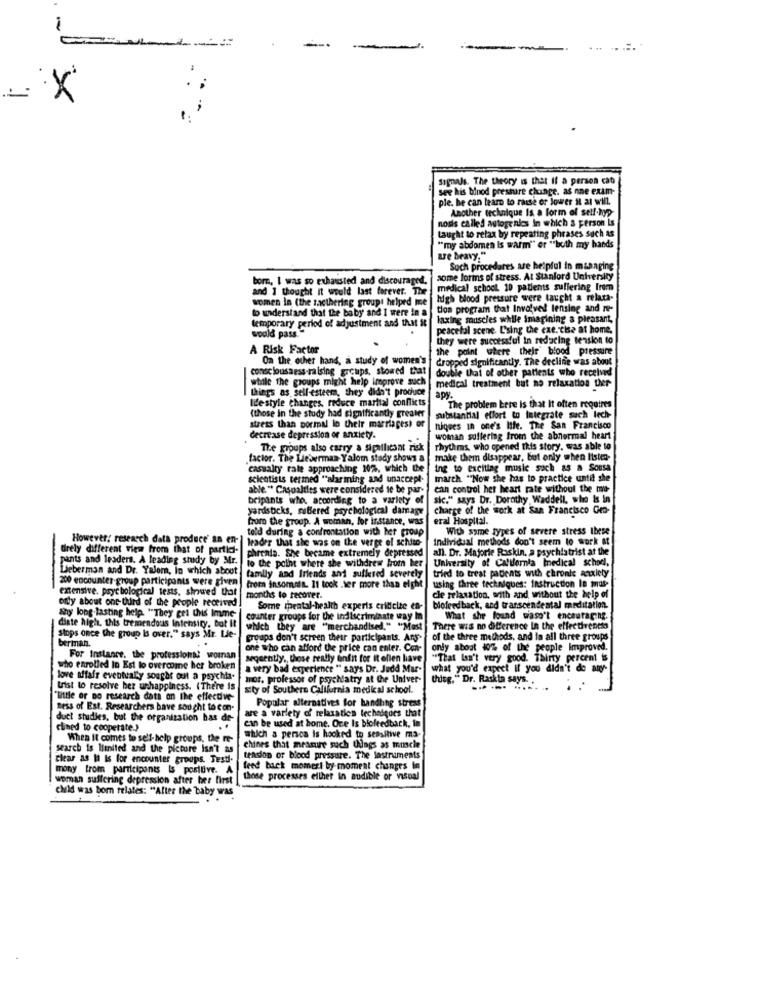
1
-
signals. The theory is that If a person cat
see his binod pressure change. as nne exam-
ple, he can learn to raise or lower il al will.
Another technique Is a form of self-hyp-
nosis called autogenles in which a person is
taught to relax by repeating phrases such as
"my abdomen Is warm" or "both my hands
ure beavy."
Such procedares are helpful in managing
born, I was so exhausted and discouraged.
some loris of stress. At Stanford University
and I thought it would last forever. The
medical school, 10 patients suffering from
women In (the sacthering groups helped me
high blood pressure were taught a relata-
to understand that the baby and I were in a
tion program that Involved lensing and re-
temporary period of adjustment and that St
laxing muscles while imagining a pleasant,
could pass."
peaceful scene Using the exe. tise at home.
they were successful In reducing tension to
A Risk Factor
the point where their blood pressure
On the other hand, a study of women's
dropped significantly. The decline was about
consciousness-raising grcups, stowed that
double that of other patients who received
while the groups might help improve such
medical treatment but no relaxation ther-
things as self-esteem, they didn't produce
lifestyle changes, reduce martial conflicts
apy.
The problem here is that It often requires
(those in the study had significantly greater
substantial effort to Integrate such lech-
stress than pormal lo their marriages) or
niques in one's life. The San Francisco
decrease depression or anxiety.
woman suffering from the abnormal heart
The groups also carry a significant risk
rhythms, who opened this story. was able to
factor. The Lieberman Yalom study shows a | make them disappear, but only when Itsten-
"casualty rate approaching 10%, which the
ing to exciting music such as a Sousa
scientists termed ""alarmning and unaccept-
march. "Now she has to practice until she
able. " Casualties were considered to be par-
can control her heart rate without the mo-
beipants who. according to a variety of
sic." says Dr. Dorothy Waddell, who is In
yardsticks, suffered psychological damage
charge of the work at San Francisco Geo-
horn the group. A woman, for instance, was
eral Hospital.
told during a confrontation with her group
With same types of severe stress these
However: research data produce' an en | leader that she was on the verge of schuise-
Individual methods don't seem to work at
direly different view from that of partid-
phrenia. She became extremely depressed
all. Dr. Majorie Raskin, a psychiatrist at the
ants and leaders. A leading study by Mr.
to the point where she withdrew From her
University of California medical school,
Lieberman and Dr. Yalom, In which about
tried to treat patients with chronic anxiety
200 encounter group participants were given
family and friends and suffered severely
extensive, psychological tests, showed that
from insomnia. 11 took .her more than eight
using three techniques: instruction In mmas-
only about ont-Uurd of the people received
months to recover.
cle relaxation, with and without the help of
Some mental-health experts criticize en-
biofeedback, and transcendental meditation.
Shy long-lasting help. "They cet uus Imme
counter groups for the indiscriminate way In
What she found wasn't encouraging.
diate high. this tremendous Intensity, But It
which they are "merchandised." "Mast
There was no difference in the effectiveness
Stops once the group Is over." says Mr. Lie-
berman.
groups don't screen then
screen their participants. ArS-
of the three methods, and in all three groups
one who can afford the price can enter. Con-
only about 40% of the people Improved.
For Instance, the professional woman
segeently ., those really finfit for It olien have
"That Isn't very good. Thirty percent is
who enrolled In Est to overcome her broken
a very bad experience " says Dr. Judd Mar-
what you'd expect if you didn't de any-
love affair eventually sought out a psychia-
mor. professor of psychiatry at the Univer-
Uhsg." Dr. Raskta says ..
trist to resolve ber unhappiness. (There is
sty of Southern California medical school.
"little or no research dats on the effective-
ness of Est. Researchers have sought to con-
Popular alternatives for handhne stress
duct studies, but the organization has de-
can be used at home. Ore Is biofeedback, in
are a variety of' relaxatics techniques that
clined to cooperate.)
When It comes to self-help groups, the re-
which a persca is hooked to sensitive ma-
search is limited and the pictore Isn't as
chines that measure such Udngs as muscle
clear as it is for encounter groups. Testi.
tension or blood pressure. The lastruments
mony trom participants Is positive. A
feed back momert by-moment changes in
woman suffering depression after her first
those processes ellher in audible or visual
child was born relates: "After the baby was